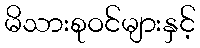
မိသားစုဝင်များနှင့်